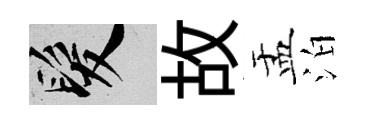
髮故盂泊